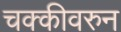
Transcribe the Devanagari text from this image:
चक्कीवरुन